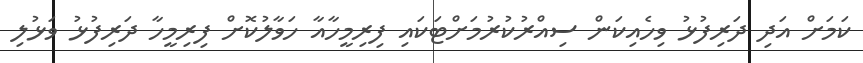
ކަމަށް އަދި ދަރިފުޅު ވިހެއިކަން ސިއްރުކުރުމަށްޓަކައި ފިރިމީހާއާ ހަވާލުކޮށް ފިރިމީހާ ދަރިފުޅު ވަޅުލި